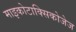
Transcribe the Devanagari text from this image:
माइकोटाक्सिकोजेज